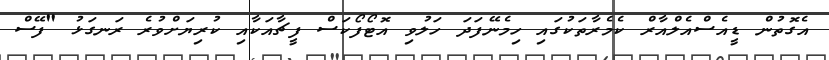
އެގޮތުން ޑީއެސްއެލްއާރް ކެމެރާތަކުގައި ހިމެނޭފަދަ ހަލުވި އޮޓޯފޯކަސް ފީޗާއަކާއި ކުރިޔަށްވުރެ ރަނގަޅު "ފޭސް